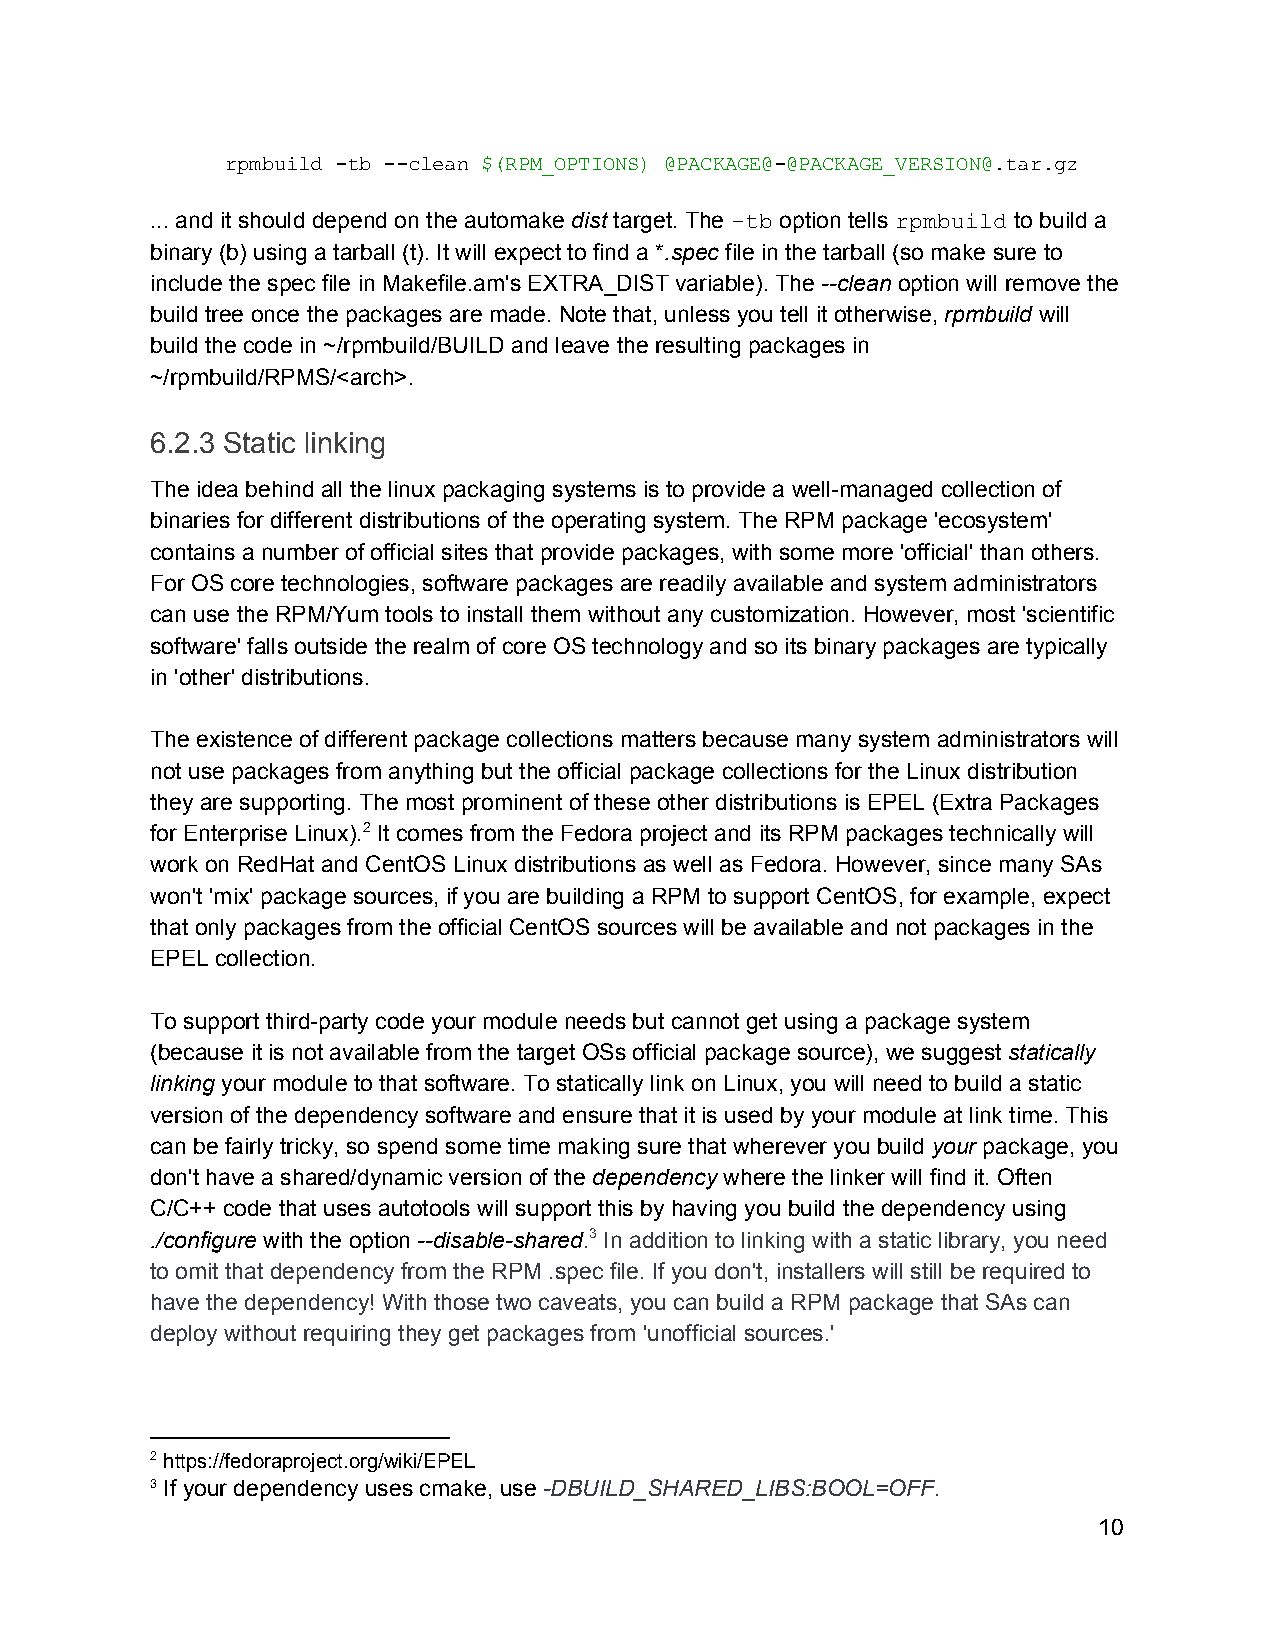
rpmbuild ­tb ­­clean $(RPM_OPTIONS) @PACKAGE@­@PACKAGE_VERSION@.tar.gz
 ​          ​ ​     ​ ​            ​
 ... and it should depend on the automake dist target. The ­tb option tells rpmbuild to build a
 ​ ​       ​  ​       ​       ​
 binary (b) using a tarball (t). It will expect to find a *.spec file in the tarball (so make sure to
 ​  ​
 include the spec file in Makefile.am's EXTRA_DIST variable). The ­­clean option will remove the
 ​    ​
 build tree once the packages are made. Note that, unless you tell it otherwise, rpmbuild will
 ​    ​
 build the code in ~/rpmbuild/BUILD and leave the resulting packages in
 ~/rpmbuild/RPMS/<arch>.
 6.2.3 Static linking
 The idea behind all the linux packaging systems is to provide a well­managed collection of
 binaries for different distributions of the operating system. The RPM package 'ecosystem'
 contains a number of official sites that provide packages, with some more 'official' than others.
 For OS core technologies, software packages are readily available and system administrators
 can use the RPM/Yum tools to install them without any customization. However, most 'scientific
 software' falls outside the realm of core OS technology and so its binary packages are typically
 in 'other' distributions.
 The existence of different package collections matters because many system administrators will
 not use packages from anything but the official package collections for the Linux distribution
 they are supporting. The most prominent of these other distributions is EPEL (Extra Packages
 for Enterprise Linux).2 It comes from the Fedora project and its RPM packages technically will
 work on RedHat and CentOS Linux distributions as well as Fedora. However, since many SAs
 won't 'mix' package sources, if you are building a RPM to support CentOS, for example, expect
 that only packages from the official CentOS sources will be available and not packages in the
 EPEL collection.
 To support third­party code your module needs but cannot get using a package system
 (because it is not available from the target OSs official package source), we suggest statically
 ​
 linking your module to that software. To statically link on Linux, you will need to build a static
 ​
 version of the dependency software and ensure that it is used by your module at link time. This
 can be fairly tricky, so spend some time making sure that wherever you build your package, you
 ​ ​
 don't have a shared/dynamic version of the dependency where the linker will find it. Often
 ​       ​
 C/C++ code that uses autotools will support this by having you build the dependency using
 ./configure with the option ­­disable­shared.3 In addition to linking with a static library, you need
 ​          ​         ​
 to omit that dependency from the RPM .spec file. If you don't, installers will still be required to
 have the dependency! With those two caveats, you can build a RPM package that SAs can
 deploy without requiring they get packages from 'unofficial sources.'
 2 https://fedoraproject.org/wiki/EPEL
 3 If your dependency uses cmake, use ­DBUILD_SHARED_LIBS:BOOL=OFF.
 ​                        ​                         ​
 10